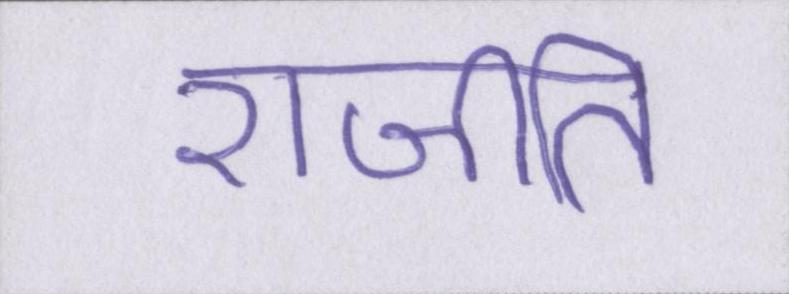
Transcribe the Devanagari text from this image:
राजीति